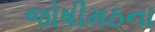
જોષીમઠના